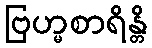
ဗြဟ္မစာရိန္တိ